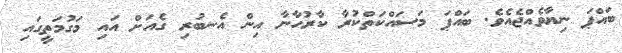
ބައްޕަ ނިޔާވެއްޖެއެވެ. ބައްޕަ މަސައްކަތްކުރާ ކާރުޙާނާ އިން އެނބުރި ގެއަށް އައި މަގުމަތީގައި